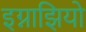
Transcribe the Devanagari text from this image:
इग्नाझियो